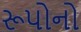
રૂપોનો